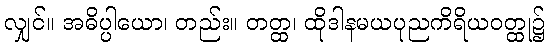
လျှင်။ အဓိပ္ပါယော၊ တည်း။ တတ္ထ၊ ထိုဒါနမယပုညကိရိယဝတ္ထု၌